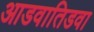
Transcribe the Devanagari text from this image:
आडवातिडवा